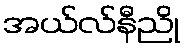
အယ်လ်နီညို